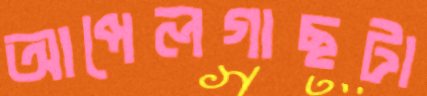
আপেলগাছটা